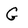
Character: G